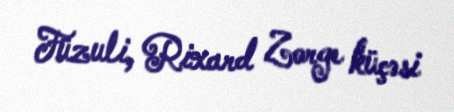
Füzuli, Rixard Zorge küçəsi